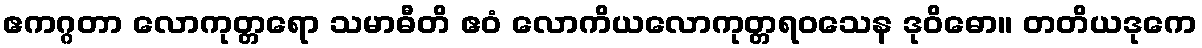
ဧကဂ္ဂတာ လောကုတ္တရော သမာဓီတိ ဧဝံ လောကိယလောကုတ္တရဝသေန ဒုဝိဓော။ တတိယဒုကေ